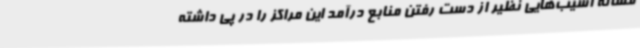
مساله آسیب‌هایی نظیر از دست رفتن منابع درآمد این مراکز را در پی داشته